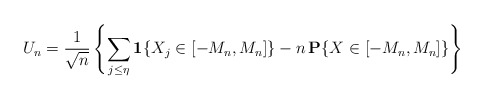
\begin{align*}U_{n}=\frac{1}{\sqrt{n}}\left\{ \sum_{j\leq \eta }{\bf 1}\{X_{j}\in \left[-M_{n},M_{n}\right] \}-n{\bf \,P}\{X\in \left[ -M_{n},M_{n}\right] \}\right\}\end{align*}